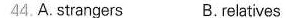
44.A.Strangers B.Relatives